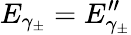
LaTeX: E_{\gamma_{\pm}}=E_{\gamma_{\pm}}^{\prime\prime}